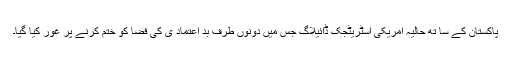
پاکستان کے سا تھ حالیہ امریکی اسٹریٹجک ڈائیلاگ جس میں دونوں طرف بد اعتماد ی کی فضا کو ختم کرنے پر غور کیا گیا۔